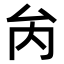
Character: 𠫣